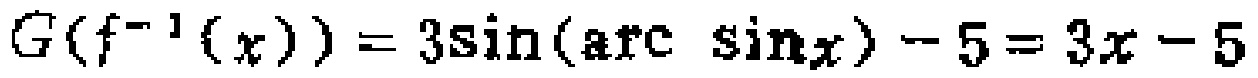
\(G(f^{-1}(x)) = 3\sin(\mathrm{arc}\ \sin x)-5 = 3x - 5\)